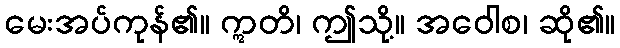
မေးအပ်ကုန်၏။ ဣတိ၊ ဤသို့။ အဝေါစ၊ ဆို၏။